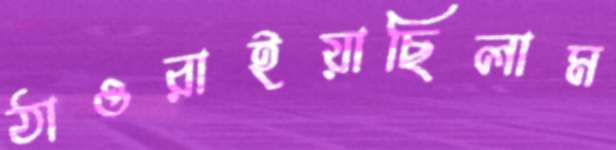
ঠাওরাইয়াছিলাম